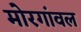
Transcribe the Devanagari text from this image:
मोरगांवल